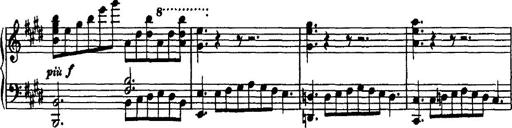
Title: Rondo di bravura
Composer: Franz Liszt